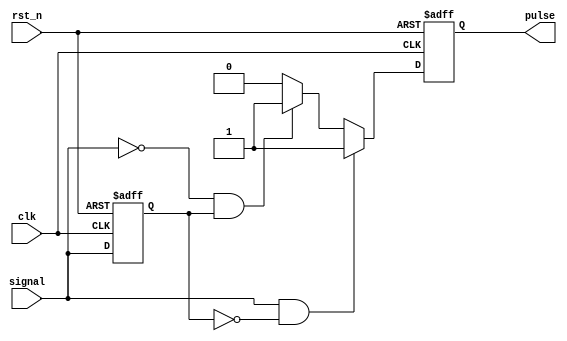
module pulse_edge_detector (
    input wire clk,         // Clock signal
    input wire rst_n,      // Active low reset
    input wire signal,      // Input signal to detect edges
    output reg pulse        // Output pulse signal
);

    reg previous_state;     // Register to hold the previous state of the input signal

    // Initialize the previous state and pulse on reset
    always @(posedge clk or negedge rst_n) begin
        if (!rst_n) begin
            previous_state <= 1'b0; // Initialize previous state to low
            pulse <= 1'b0;          // Initialize pulse to low
        end else begin
            // Edge detection logic
            if (signal && !previous_state) begin
                // Rising edge detected
                pulse <= 1'b1; // Generate pulse
            end else if (!signal && previous_state) begin
                // Falling edge detected
                pulse <= 1'b1; // Generate pulse
            end else begin
                pulse <= 1'b0; // No edge detected
            end

            // Update the previous state for the next clock cycle
            previous_state <= signal;
        end
    end

endmodule